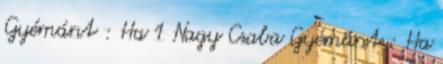
Gyémánt : Ha 1 Nagy Csaba Gyémánt : Ha